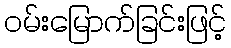
ဝမ်းမြောက်ခြင်းဖြင့်